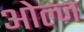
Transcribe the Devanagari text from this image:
ओल्ज